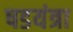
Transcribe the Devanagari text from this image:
षडयंत्रा